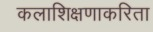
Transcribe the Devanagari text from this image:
कलाशिक्षणाकरिता